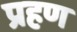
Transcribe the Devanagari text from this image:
प्रहण